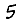
Digit: 5